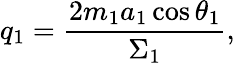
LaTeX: q_{1}=\frac{2m_{1}a_{1}\cos\theta_{1}}{\Sigma_{1}},